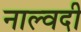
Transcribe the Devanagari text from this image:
नाल्वदी